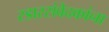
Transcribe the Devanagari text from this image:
रडारसंवेदकांना